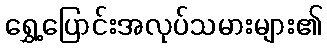
ရွှေ့ပြောင်းအလုပ်သမားများ၏